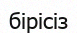
бірісіз